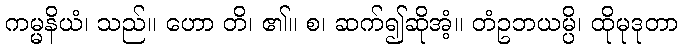
ကမ္မနိယံ၊ သည်။ ဟော တိ၊ ၏။ စ၊ ဆက်၍ဆိုအံ့။ တံဥဘယမ္ပိ၊ ထိုမုဒုတာ